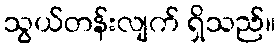
သွယ်တန်းလျက် ရှိသည်။